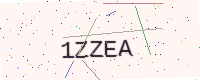
Text: 1ZZEA